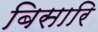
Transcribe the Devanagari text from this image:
बिसारि